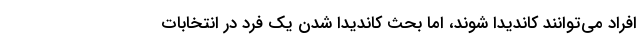
افراد می‌توانند کاندیدا شوند، اما بحث کاندیدا شدن یک فرد در انتخابات